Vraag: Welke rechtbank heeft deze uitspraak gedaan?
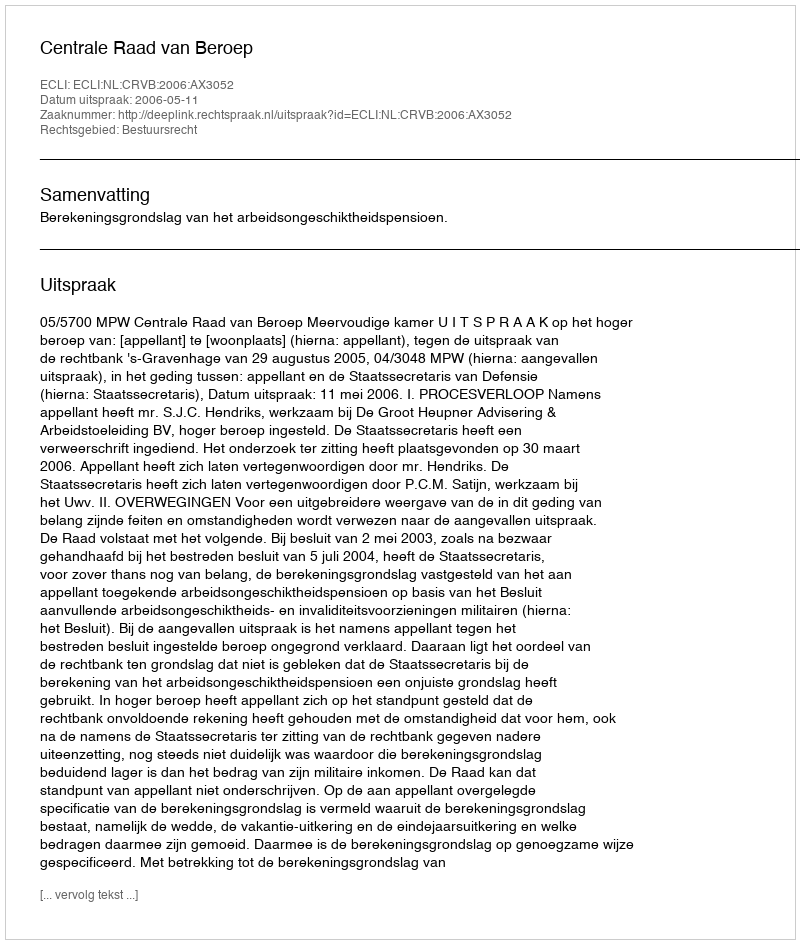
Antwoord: Centrale Raad van Beroep